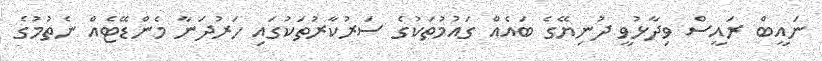
ނައީބް ރައީސް ވިދާޅުވީ ދުނިޔޭގެ ބައެއް ގައުމުތަކުގެ ސަރުކާރުތަކުގައި ހަރުދަނާ މެންޑޭޓެއް ނެތުމުގެ